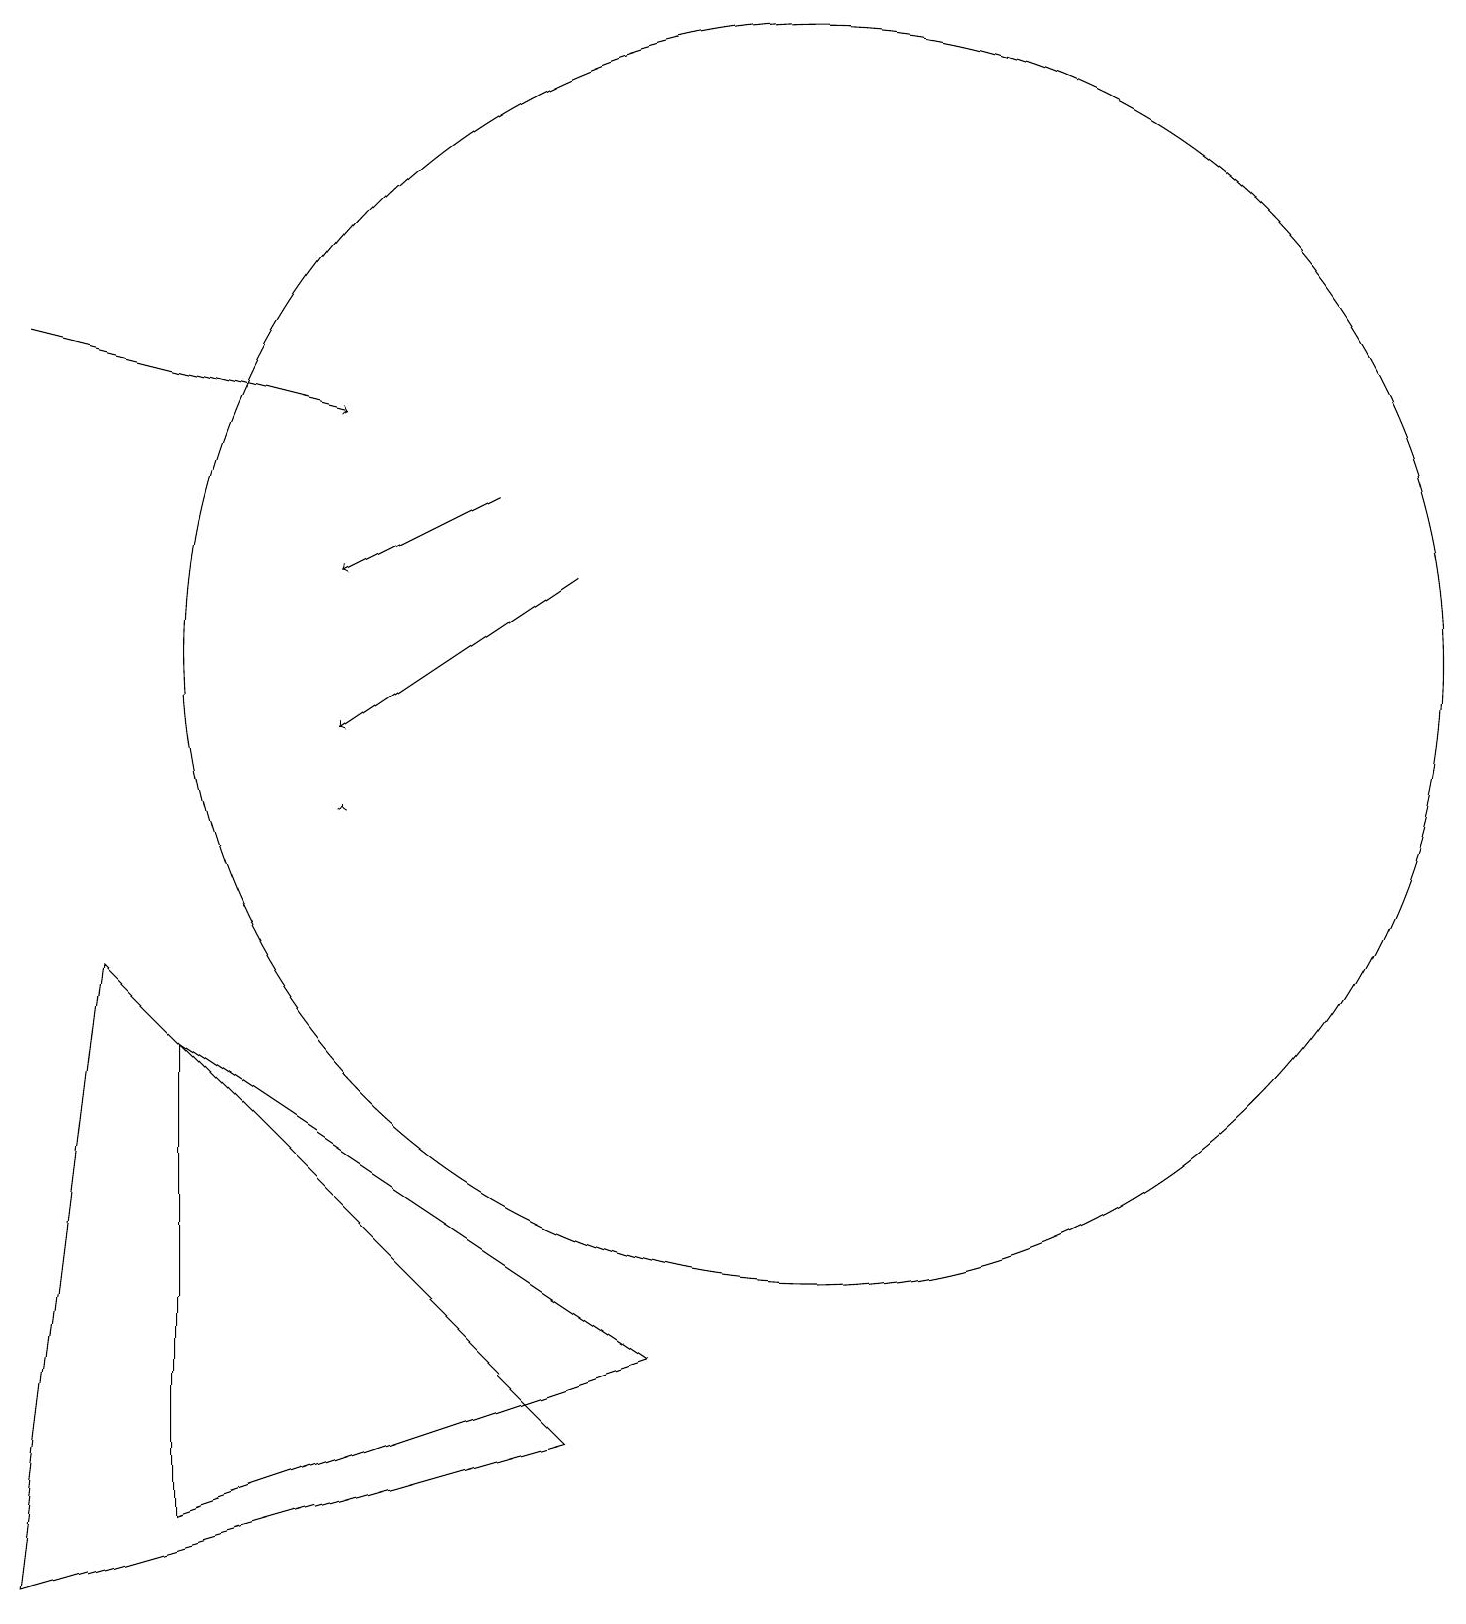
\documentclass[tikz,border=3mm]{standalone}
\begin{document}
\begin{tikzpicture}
\draw (10,10) circle (0);
\draw (3,1) -- (3,7) -- (9,3) -- cycle;
\draw[->] (5,10) -- (5,10);
\draw[->] (8,13) -- (5,11);
\draw (8,2) -- (2,8) -- (1,0) -- cycle;
\draw[->] (7,14) -- (5,13);
\draw[->] (1,16) -- (5,15);
\draw (11,12) circle (8);
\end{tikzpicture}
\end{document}